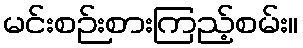
မင်းစဉ်းစားကြည့်စမ်း။